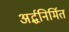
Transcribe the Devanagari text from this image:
अर्द्धनिर्मित